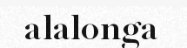
alalonga